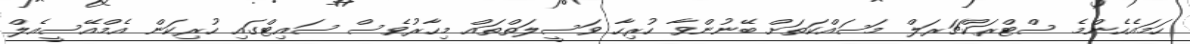
ހަމައެހެންމެ ސްޓްރަކްޗަރަލް މަސައްކަތަށް ބޭނުންވާ ހުރިހާ ވަސީލަތްތައް މިހާރުވެސް ސައިޓްގައި ހުރިކަން އެމްއޭސީއެލް